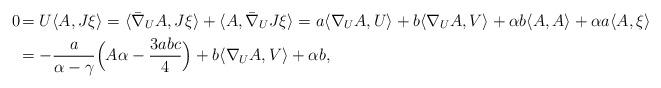
LaTeX: \begin{align*}0\!&=U\langle A,J\xi\rangle=\langle\bar{\nabla}_U A,J\xi\rangle+\langle A,\bar{\nabla}_U J\xi\rangle=a\langle\nabla_U A,U\rangle+b\langle\nabla_U A,V\rangle+\alpha b\langle A,A\rangle+\alpha a\langle A,\xi\rangle\\&=-\frac{a}{\alpha-\gamma}\Bigl(A\alpha-\frac{3abc}{4}\Bigr)+b\langle\nabla_U A,V\rangle+\alpha b,\end{align*}